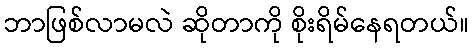
ဘာဖြစ်လာမလဲ ဆိုတာကို စိုးရိမ်နေရတယ်။